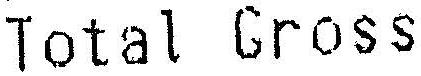
TOTAL GROSS